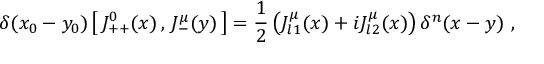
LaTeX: \delta ( x _ { 0 } - y _ { 0 } ) \left[ \, J _ { + + } ^ { 0 } ( x ) \, , \, J _ { - } ^ { \mu } ( y ) \, \right] = \frac { 1 } { 2 } \left( J _ { l 1 } ^ { \mu } ( x ) + i J _ { l 2 } ^ { \mu } ( x ) \right) \delta ^ { n } ( x - y ) \ ,